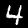
Label: 4